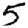
Digit: 5